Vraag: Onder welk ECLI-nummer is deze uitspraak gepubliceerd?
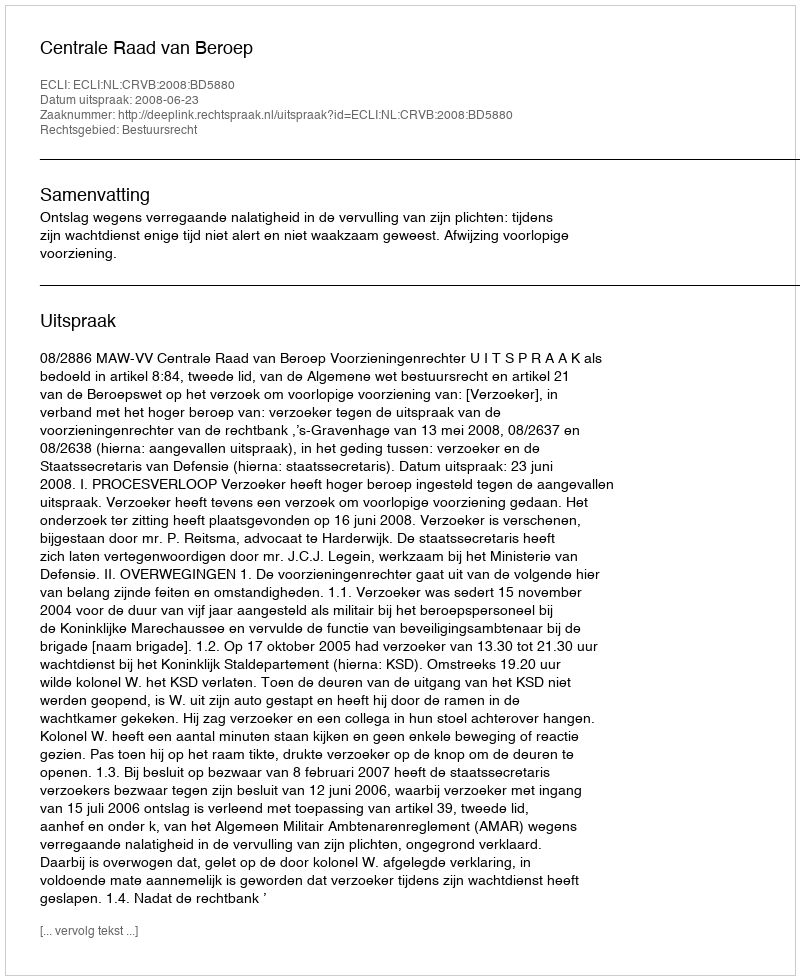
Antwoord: ECLI:NL:CRVB:2008:BD5880